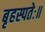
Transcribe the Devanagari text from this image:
बृहस्पतेः॥